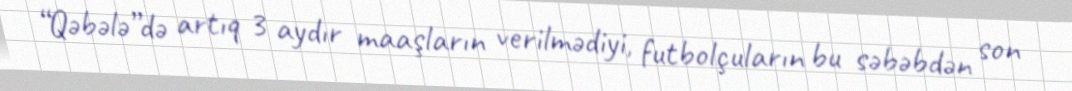
“Qəbələ”də artıq 3 aydır maaşların verilmədiyi, futbolçuların bu səbəbdən son